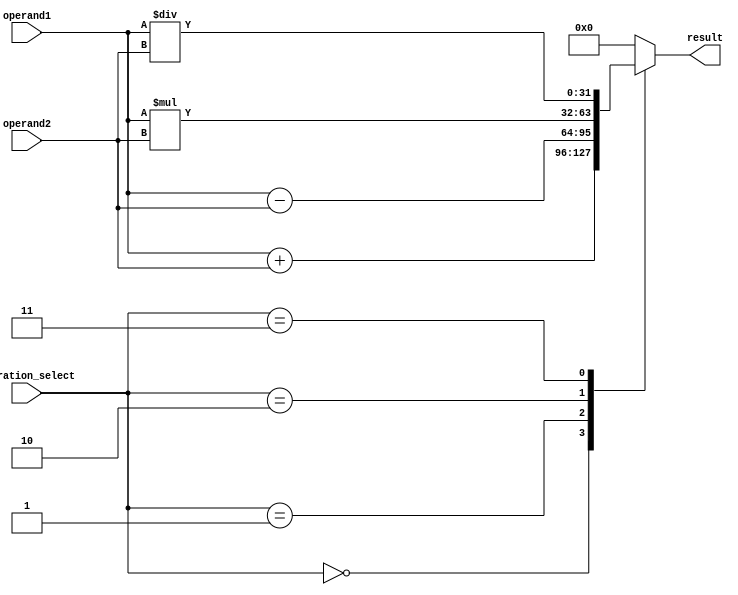
module Complex_ALU(
input [31:0] operand1,
input [31:0] operand2,
input [3:0] operation_select,
output reg [31:0] result
);

// Define control signals for arithmetic operations
parameter ADD = 4'b0000;
parameter SUB = 4'b0001;
parameter MUL = 4'b0010;
parameter DIV = 4'b0011;

// Define register files for storing intermediate results
reg [31:0] reg_file1, reg_file2;

always @(*)
begin
  case(operation_select)
    ADD: result = operand1 + operand2;
    SUB: result = operand1 - operand2;
    MUL: result = operand1 * operand2;
    DIV: result = operand1 / operand2;
    default: result = 32'b0;
  endcase
end

endmodule